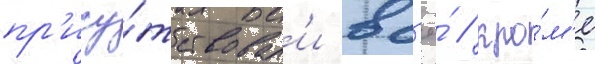
пр'ису́тствовал'и вс'ё́ / кро́м'е